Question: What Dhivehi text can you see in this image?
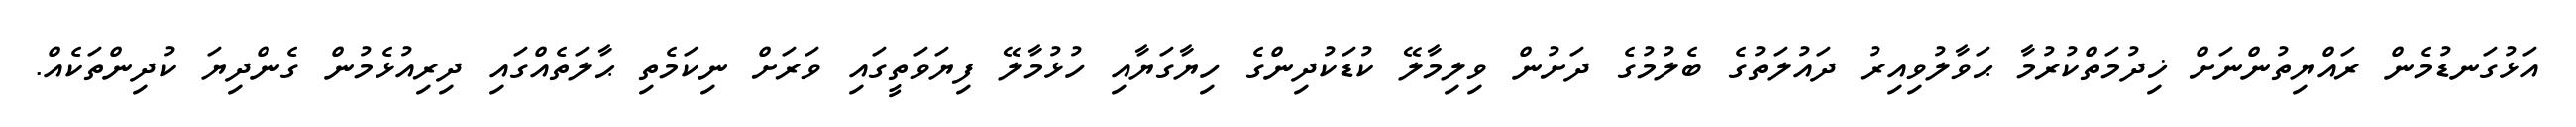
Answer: އަޅުގަނޑުމެން ރައްޔިތުންނަށް ޚިދުމަތްކުރުމާ ޙަވާލުވިއިރު ދައުލަތުގެ ބެލުމުގެ ދަށުން ވިލިމާލޭ ކުޑަކުދިންގެ ހިޔާގަޔާއި ހުޅުމާލޭ ފިޔަވަތީގައި ވަރަށް ނިކަމެތި ޙާލަތެއްގައި ދިރިއުޅެމުން ގެންދިޔަ ކުދިންތަކެއް.